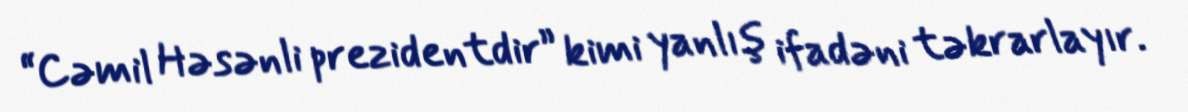
“Cəmil Həsənli prezidentdir” kimi yanlış ifadəni təkrarlayır.